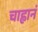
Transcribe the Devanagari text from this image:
चाह्वानं